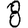
Digit: 8